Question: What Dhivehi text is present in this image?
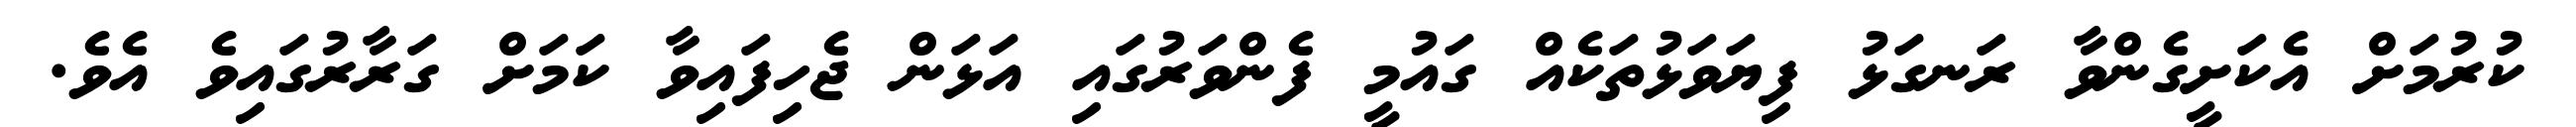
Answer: ކުރުމަށް އެކަށީގެންވާ ރަނގަޅު ފިޔަވަޅުތަކެއް ގައުމީ ފެންވަރުގައި އަޅަން ޖެހިފައިވާ ކަމަށް ގަރާރުގައިވެ އެވެ.